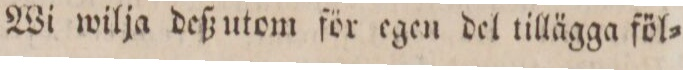
Wi wilja deß utom för egen del tillägga föl=